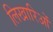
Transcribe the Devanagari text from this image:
लिखारिओं